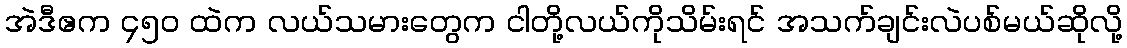
အဲဒီဧက ၄၅၀ ထဲက လယ်သမားတွေက ငါတို့လယ်ကိုသိမ်းရင် အသက်ချင်းလဲပစ်မယ်ဆိုလို့